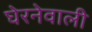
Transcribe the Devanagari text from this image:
घेरनेवाली